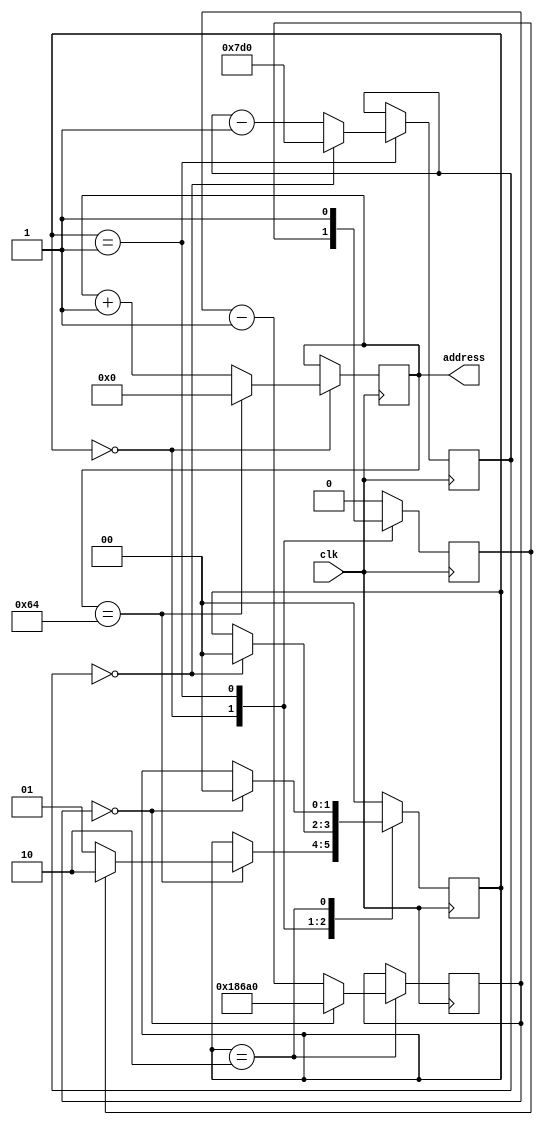
module sg_driver (
    input clk, 
    output reg [6:0] address // 
);

initial 
begin
    address = 0;
end

localparam pulse = 0, small_interval = 1, big_interval = 2;

reg [10:0] time_between_pulses = 18'h7D0; //2ms
reg [16:0] period = 17'h186A0; //100ms
reg two_pulses;
reg [1:0] state;

//   
always @(posedge clk)
begin
    case (state)
        pulse: begin
            address <= address+1;
            if (address == 7'd100) begin
                address <= 0;
                if (two_pulses)
                    state <= big_interval;
                else
                    state <= small_interval;
            end
        end
        small_interval: begin
            time_between_pulses <= time_between_pulses-1;
            two_pulses <= 1;
            if (time_between_pulses == 0) begin
                time_between_pulses <= 18'h7D0;
                state <= pulse;           
            end
        end
        big_interval: begin
            period <= period-1;
            two_pulses <= 0;
            if (period == 0) begin
                period <= 24'h186A0;
                state<=pulse;              
            end
        end
        default : begin 
            state <= pulse;
            two_pulses <= 0;
        end
    endcase
end

endmodule